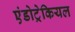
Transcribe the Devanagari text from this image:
एंडोट्रेकियल